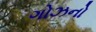
ગોઝનો